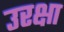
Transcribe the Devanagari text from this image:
उरक्षा